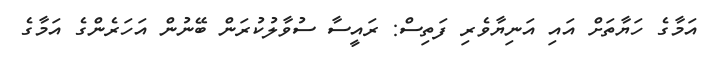
އަމާގެ ހަޔާތަށް އައި އަނިޔާވެރި ފަތިސް: ރައީސާ ސުވާލުކުރަން ބޭނުން އަހަރެންގެ އަމާގެ